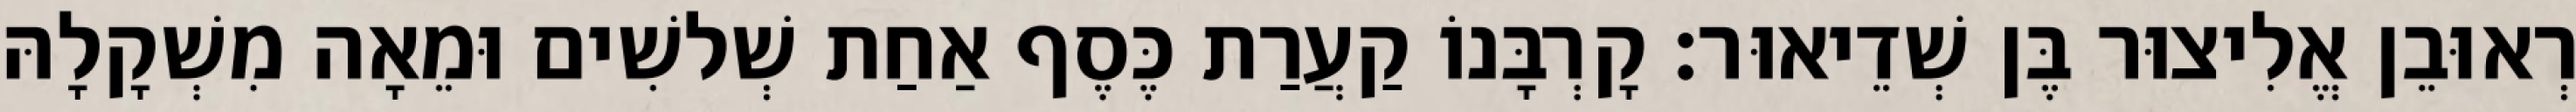
רְאוּבֵן אֱלִיצוּר בֶּן שְׁדֵיאוּר׃ קָרְבָּנוֹ קַעֲרַת כֶּסֶף אַחַת שְׁלשִׁים וּמֵאָה מִשְׁקָלָהּ